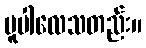
မူပါလေသတည်း။